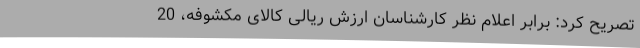
تصریح کرد: برابر اعلام نظر کارشناسان ارزش ریالی کالای مکشوفه، 20